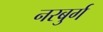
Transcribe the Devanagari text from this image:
नरबुर्ग